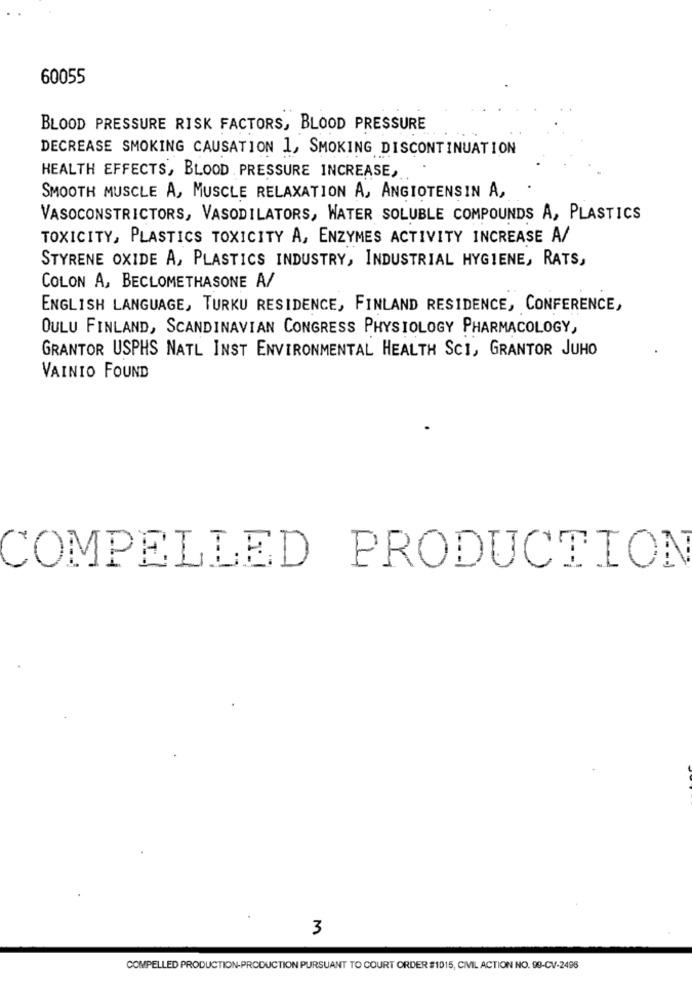
60055
BLOOD PRESSURE RISK FACTORS, BLOOD PRESSURE
DECREASE SMOKING CAUSATION 1, SMOKING DISCONTINUATION
HEALTH EFFECTS, BLOOD PRESSURE INCREASE,
SMOOTH MUSCLE A, MUSCLE RELAXATION A, ANGIOTENSIN A,
VASOCONSTRICTORS, VASODILATORS, WATER SOLUBLE COMPOUNDS A, PLASTICS
TOXICITY, PLASTICS TOXICITY A, ENZYMES ACTIVITY INCREASE A/
STYRENE OXIDE A, PLASTICS INDUSTRY, INDUSTRIAL HYGIENE, RATS,
COLON A, BECLOMETHASONE A/
ENGLISH LANGUAGE, TURKU RESIDENCE, FINLAND RESIDENCE, CONFERENCE,
OULU FINLAND, SCANDINAVIAN CONGRESS PHYSIOLOGY PHARMACOLOGY,
GRANTOR USPHS NATL INST ENVIRONMENTAL HEALTH SCI, GRANTOR JUHO
VAINIO FOUND
COMPELLED PRODUCTION
3
COMPELLED PRODUCTION-PRODUCTION PURSUANT TO COURT ORDER #1015, CIVIL ACTION NO. 99-CV-2496